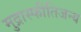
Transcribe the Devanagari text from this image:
मुद्रास्फीतिजन्य